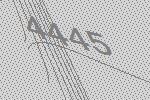
4445